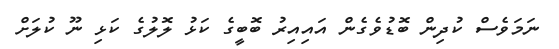
ނަމަވެސް ކުދިން ބޮޑުވެގެން އައިއިރު ބޮބީގެ ކަޅު ލޮލުގެ ކަޅި ނޫ ކުލަށް